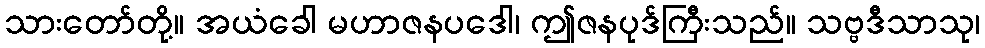
သားတော်တို့။ အယံခေါ မဟာဇနပဒေါ၊ ဤဇနပုဒ်ကြီးသည်။ သဗ္ဗဒီသာသု၊